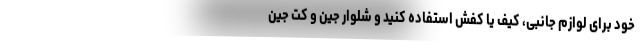
خود برای لوازم جانبی، کیف یا کفش استفاده کنید و شلوار جین و کت جین